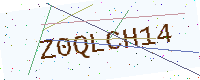
Text: Z0QLCH14